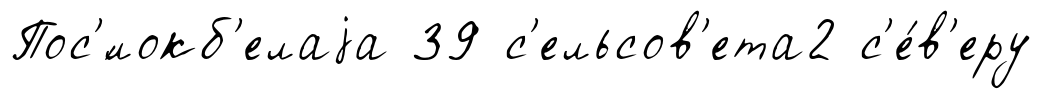
Пос'́локб'елаjа 39 с'ельсов'ета2 с'е́в'еру